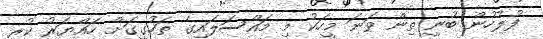
ފުލުހުން ބުނީ ތިން ވަނަ މީހަކު މި މައްސަލައިގެ ތަހުގީގަށް ހައްޔަރު ކުރީ